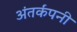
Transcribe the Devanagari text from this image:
अंतर्कंपनी